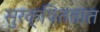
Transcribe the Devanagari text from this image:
सुरक्षिततात